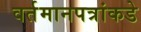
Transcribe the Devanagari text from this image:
वर्तमानपत्रांकडे